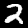
Label: 2